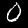
Digit: 0